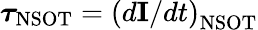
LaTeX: \boldsymbol\tau_{\mathrm{NSOT}}=\left(d\mathbf{I}/dt\right)_{\mathrm{NSOT}}